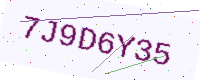
Text: 7J9D6Y35